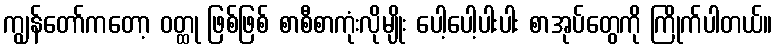
ကျွန်တော်ကတော့ ဝတ္ထု ဖြစ်ဖြစ် စာစီစာကုံးလိုမျိုး ပေါ့ပေါ့ပါးပါး စာအုပ်တွေကို ကြိုက်ပါတယ်။